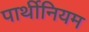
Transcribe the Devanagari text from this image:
पार्थीनियम